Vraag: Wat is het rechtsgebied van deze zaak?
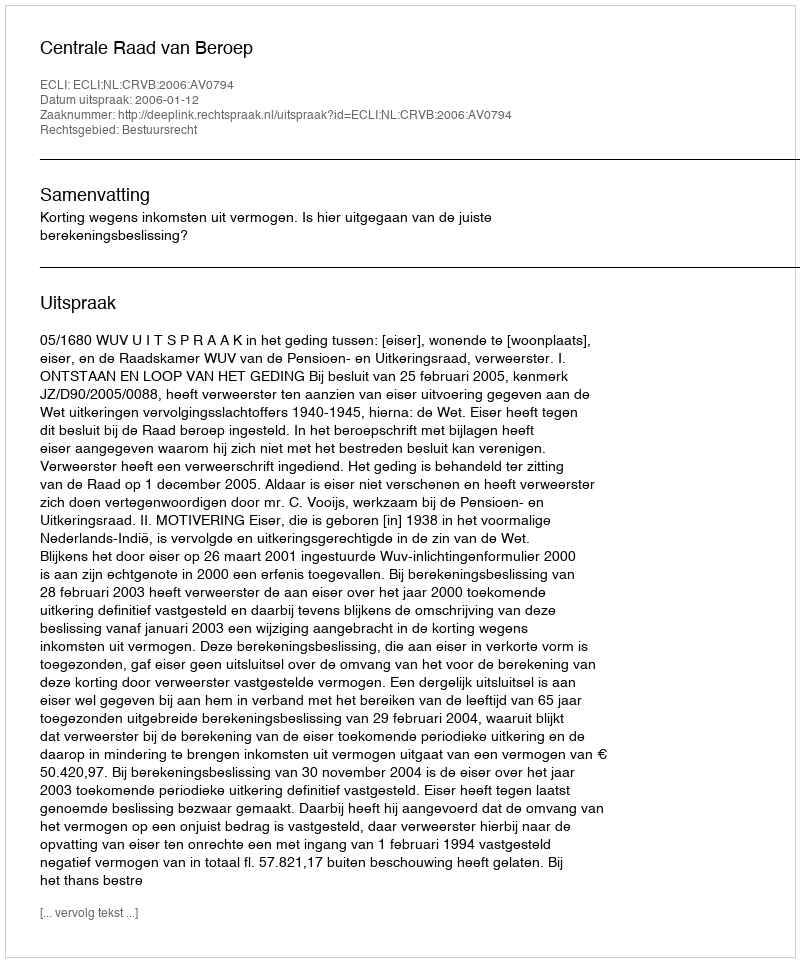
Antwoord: Bestuursrecht